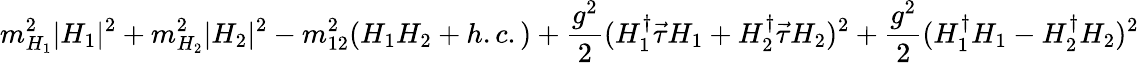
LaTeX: m_{H_{1}}^{2}|H_{1}|^{2}+m_{H_{2}}^{2}|H_{2}|^{2}-m_{12}^{2}(H_{1}H_{2}+h.c.)+\frac{g^{2}}{2}(H_{1}^{\dagger}\vec{\tau}H_{1}+H_{2}^{\dagger}\vec{\tau}H_{2})^{2}+\frac{g^{2}}{2}(H_{1}^{\dagger}H_{1}-H_{2}^{\dagger}H_{2})^{2}